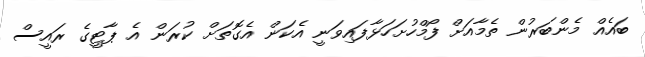
ބައެއް މެންބަރުން ތެމާއަށް ފޯމްހުށަހަޅާފައިވަނީ އެކަން އެގޮތަށް ކުރަން އެ ޕާޓީގެ ރައީސް